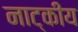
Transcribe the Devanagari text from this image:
नाट्कीय